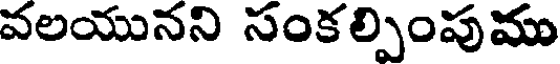
వలయునని సంకల్పింపుము